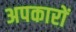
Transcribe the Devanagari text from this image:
अपकारों